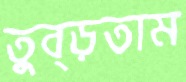
তুব্‌ড়তাম